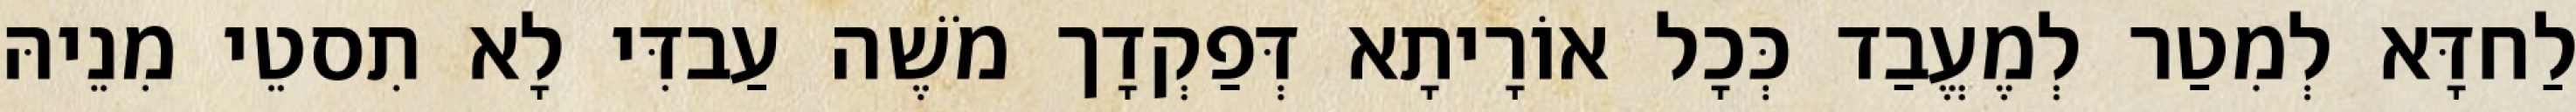
לַחדָּא לְמִטַר לְמֶעֱבַד כְּכָל אוֹרָיתָא דְּפַקְדָך מֹשֶׁה עַבדִּי לָא תִסטֵי מִנֵיהּ